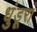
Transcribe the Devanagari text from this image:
धुंडूरा